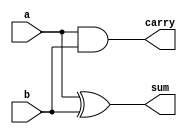
module half_adder(a,b,sum,carry);
input wire a,b;
output wire sum,carry;

assign sum= a ^ b;
assign carry= a & b;
endmodule


module half_adder_tb;
reg a,b;
wire sum,carry;

half_adder UUT (.a(a),.b(b),.sum(sum),.carry(carry));

initial 
begin
$monitor($time,"a=%b b=%b sum=%b carry=%b",a,b,sum,carry);

a=0;
b=0;
#10;

a=0;
b=1;
#10;

a=1;
b=0;
#10;

a=1;
b=1;
#10;

end 
endmodule